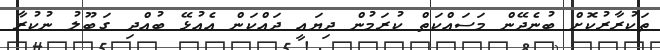
ތަކުރާރުކޮށް ބުނެދޭން މަސައްކަތް ކުރަމުން ދިޔައީ ދައްކަން އެއުޅޭ ބުއްދި ގަބޫލު ނުކުރާ